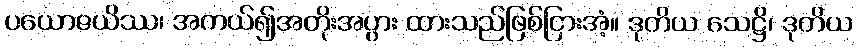
ပယောဇယိဿ၊ အကယ်၍အတိုးအပွား ထားသည်ဖြစ်ငြားအံ့။ ဒုတိယ သေဋ္ဌိ၊ ဒုတိယ